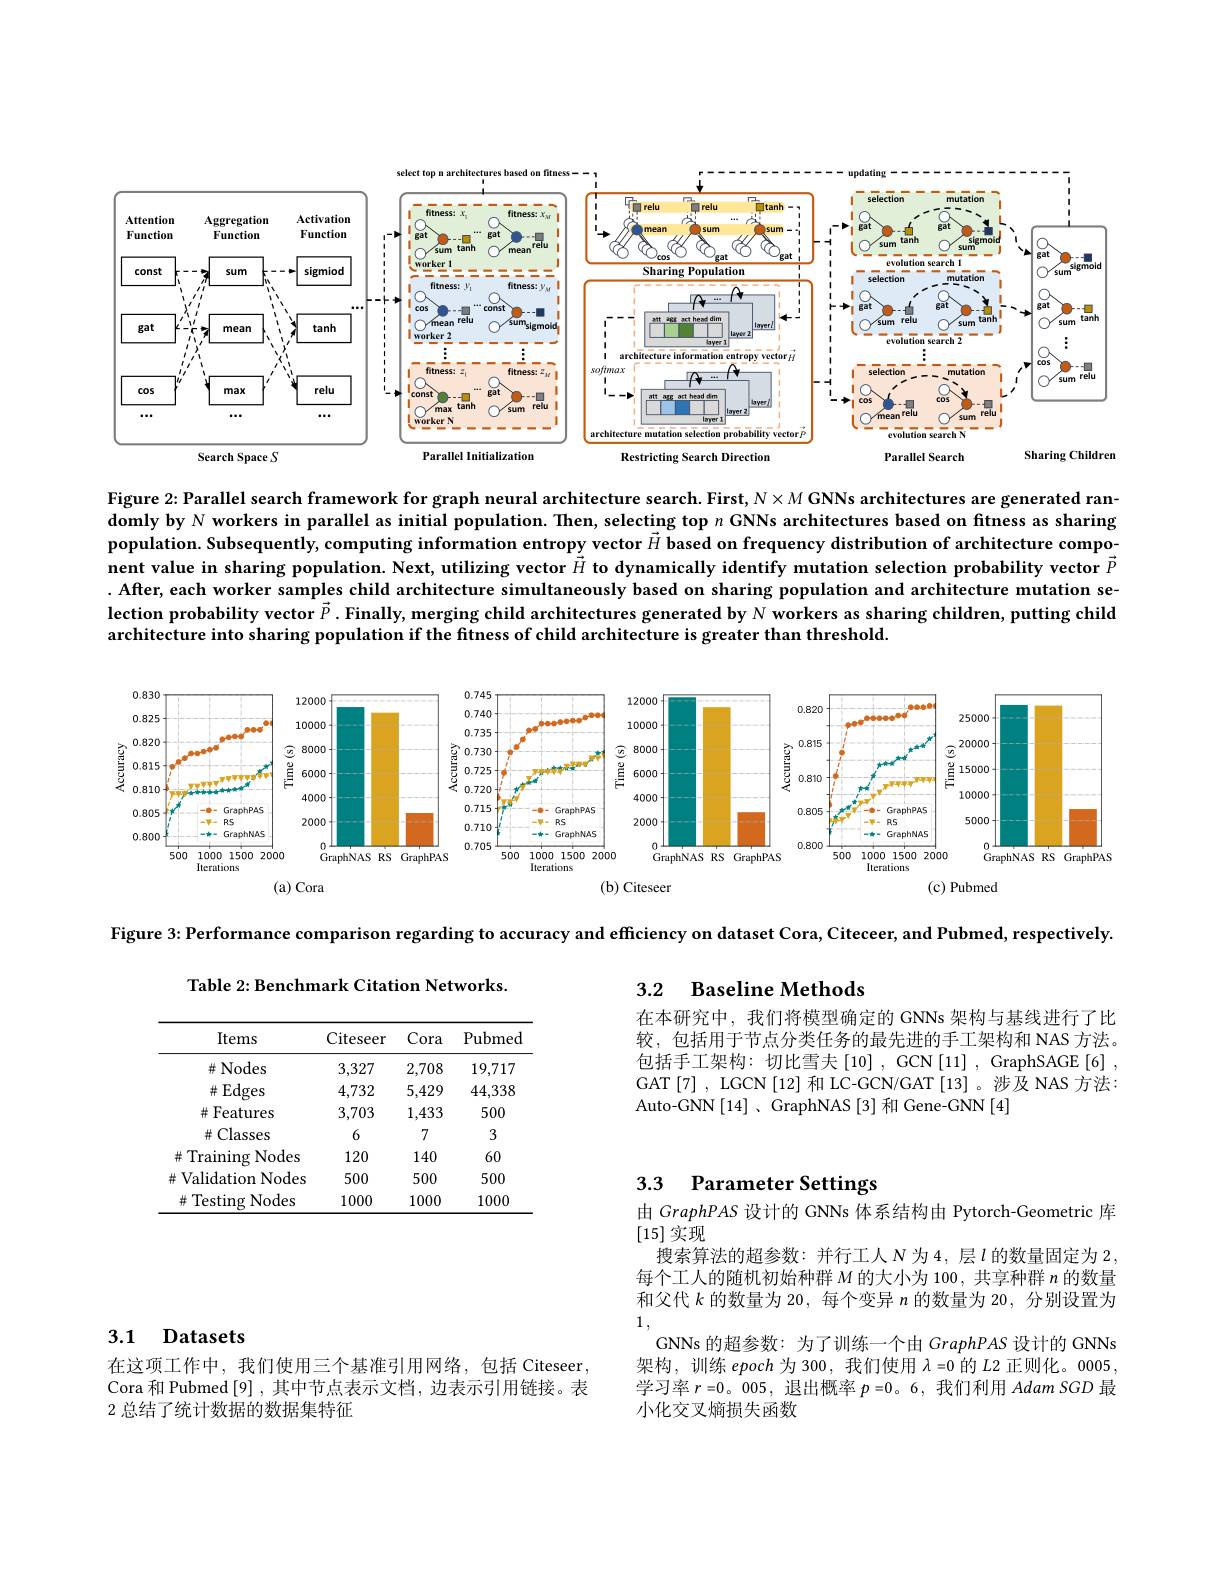
<FigureHere>

Figure 2: Parallel search framework for graph neural architecture search. First, $N\times M$ GNNs architectures are generated ran $\bar{\textbf{domlyby }N}$ workers in parallel as initial population. Then, selecting top $n$ GNNs architectures based on fitness as sharing $\hat{\textbf{population. Subsequently, computing information entropy vector }\vec{H}}\tilde{\textbf{based on frequency distribution of architecture compo-}}$ nent value in sharing population. Next, utilizing vector $\vec{\vec{H}}$ to dynamically identify mutation selection probability vector $\vec{P}$ . After, each worker samples child architecture simultaneously based on sharing population and architecture mutation se- $\textbf{lection probability vector }\vec{P} .$ Finally, merging child architectures generated by $N$ workers as sharing children, putting child architecture into sharing population if the fitness of child architecture is greater than threshold.

<FigureHere>
(b) Citeseer
$(a)$ Cora
(c) Pubmed

Figure $3: \textbf{Performance comparison regarding to accuracy and efficiency on dataset Cora, Citeceer, and Pubmed, respectively}$

Table 2: Benchmark Citation Networks.

## 3.2 Baseline Methods

在本研究中，我们将模型确定的 GNNs 架构与基线进行了比较，包括用于节点分类任务的最先进的手工架构和 NAS 方法。包括手工架构：切比雪夫[10],GCN[11],GraphSAGE[6], GAT[7] , LGCN[12] 和 LC-GCN/GAT[13]。涉及 NAS 方法： Auto-GNN[14]、GraphNAS[3] 和 Gene-GNN[4]

<table>
	<tbody>
		<tr>
			<th>Items</th>
			<th>Citeseer</th>
			<th>Cora</th>
			<th>Pubmed</th>
		</tr>
		<tr>
			<td>并 Nodes</td>
			<td>3,327</td>
			<td>2,708</td>
			<td>19,717</td>
		</tr>
		<tr>
			<td>$\#$Edges</td>
			<td>4,732</td>
			<td>5,429</td>
			<td>44,338</td>
		</tr>
		<tr>
			<td># Features</td>
			<td>3,703</td>
			<td>1,433</td>
			<td>500</td>
		</tr>
		<tr>
			<td>$\#$Classes</td>
			<td>6</td>
			<td>7</td>
			<td>3</td>
		</tr>
		<tr>
			<td>Training $g$Nodes 花</td>
			<td>120</td>
			<td>140</td>
			<td>60</td>
		</tr>
		<tr>
			<td>$\#$ Validation Nodes</td>
			<td>500</td>
			<td>500</td>
			<td>500</td>
		</tr>
		<tr>
			<td>$\#$ Testing Nodes</td>
			<td>1000</td>
			<td>1000</td>
			<td>1000</td>
		</tr>
	</tbody>
</table>

### 3.3 Parameter Settings

由 GraphPAS 设计的 GNNs 体系结构由 Pytorch-Geometric 库
[15]实现
搜索算法的超参数：并行工人$N$为4，层$l$ 的数量固定为 2, 每个工人的随机初始种群$M$的大小为 100, 共享种群$n$的数量和父代$k$的数量为 20,每个变异$n$的数量为 20, 分别设置为1 ,
GNNs 的超参数：为了训练一个由 GraphPAS 设计的 GNNs 架构，训练 epoch 为 300, 我们使用$\lambda=0$的$L$2 正则化。0005, 学习率$r=0$。005, 退出概率$p=0$。6,我们利用Adam SGD 最小化交叉熵损失函数

## 3.1 Datasets

在这项工作中，我们使用三个基准引用网络，包括 Citeseer, Cora 和 Pubmed [9] ,其中节点表示文档，边表示引用链接。表2 总结了统计数据的数据集特征